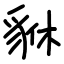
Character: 貅